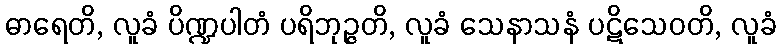
ဓာရေတိ, လူခံ ပိဏ္ဍပါတံ ပရိဘုဉ္ဇတိ, လူခံ သေနာသနံ ပဋိသေဝတိ, လူခံ